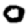
Digit: 0